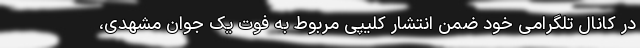
در کانال تلگرامی خود ضمن انتشار کلیپی مربوط به فوت یک جوان مشهدی،